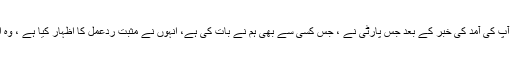
شہناز عزیز: آپ کی آمد کی خبر کے بعد جس پارٹی نے ، جس کسی سے بھی ہم نے بات کی ہے، انہوں نے مثبت ردعمل کا اظہار کیا ہے ، وہ ایم کیوایم ہے۔